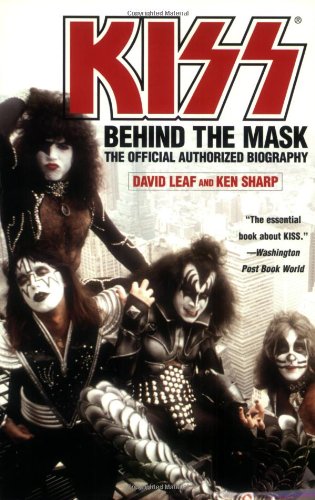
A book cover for KISS: Behind the Mask - The Official Authorized Biography; David Leaf; Biographies & Memoirs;